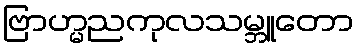
ဗြာဟ္မညကုလသမ္ဘူတော